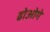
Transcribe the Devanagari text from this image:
ढोओगे